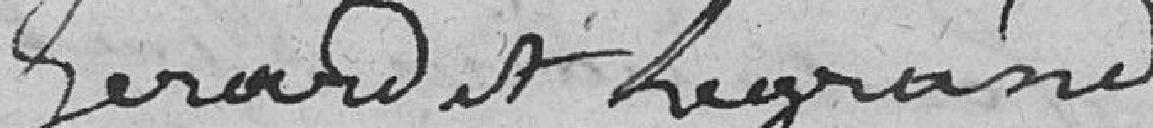
Gerard et Legrand